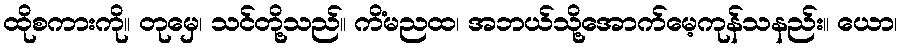
ထိုစကားကို။ တုမှေ၊ သင်တို့သည်။ ကိံမညထ၊ အဘယ်သို့အောက်မေ့ကုန်သနည်း။ ယော၊